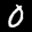
Label: 0